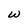
Character: w